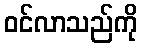
ဝင်လာသည်ကို